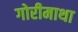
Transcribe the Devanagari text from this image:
गोरीमाथा